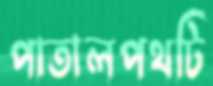
পাতালপথটি